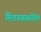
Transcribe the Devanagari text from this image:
मिलापाबाबतीतील